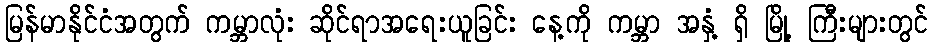
မြန်မာနိုင်ငံအတွက် ကမ္ဘာလုံး ဆိုင်ရာအရေးယူခြင်း နေ့ကို ကမ္ဘာ အနှံ့ ရှိ မြို့ ကြီးများတွင်